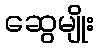
ဆွေမျိုး